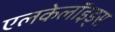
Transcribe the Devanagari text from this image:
एलकेलॉइड्स